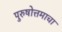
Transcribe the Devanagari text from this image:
पुरुषोत्तमाचा